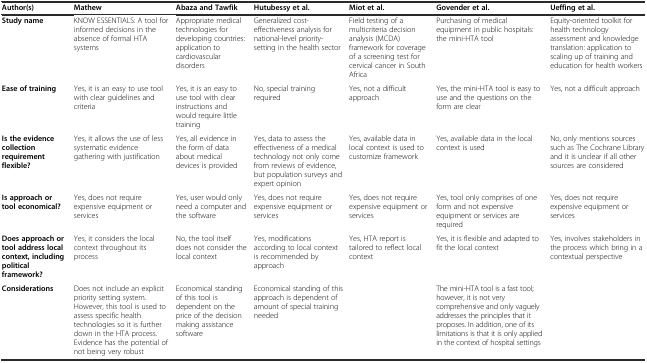
<table><thead><tr><td><b>Author(s)</b></td><td><b>Mathew</b></td><td><b>Abaza and Tawfik</b></td><td><b>Hutubessy et al.</b></td><td><b>Miot et al.</b></td><td><b>Govender et al.</b></td><td><b>Ueffing et al.</b></td></tr></thead><tbody><tr><td><b>Study name</b></td><td>KNOW ESSENTIALS: A tool for informed decisions in the absence of formal HTA systems</td><td>Appropriate medical technologies for developing countries: application to cardiovascular disorders</td><td>Generalized cost-effectiveness analysis for national-level priority-setting in the health sector</td><td>Field testing of a multicriteria decision analysis (MCDA) framework for coverage of a screening test for cervical cancer in South Africa</td><td>Purchasing of medical equipment in public hospitals: the mini-HTA tool</td><td>Equity-oriented toolkit for health technology assessment and knowledge translation: application to scaling up of training and education for health workers</td></tr><tr><td><b>Ease of training</b></td><td>Yes, it is an easy to use tool with clear guidelines and criteria</td><td>Yes, it is an easy to use tool with clear instructions and would require little training</td><td>No, special training required</td><td>Yes, not a difficult approach</td><td>Yes, the mini-HTA tool is easy to use and the questions on the form are clear</td><td>Yes, not a difficult approach</td></tr><tr><td><b>Is the evidence collection requirement flexible?</b></td><td>Yes, it allows the use of less systematic evidence gathering with justification</td><td>Yes, all evidence in the form of data about medical devices is provided</td><td>Yes, data to assess the effectiveness of a medical technology not only come from reviews of evidence, but population surveys and expert opinion</td><td>Yes, available data in local context is used to customize framework</td><td>Yes, available data in the local context is used</td><td>No, only mentions sources such as The Cochrane Library and it is unclear if all other sources are considered</td></tr><tr><td><b>Is approach or tool economical?</b></td><td>Yes, does not require expensive equipment or services</td><td>Yes, user would only need a computer and the software</td><td>Yes, does not require expensive equipment or services</td><td>Yes, does not require expensive equipment or services</td><td>Yes, tool only comprises of one form and not expensive equipment or services are required</td><td>Yes, does not require expensive equipment or services</td></tr><tr><td><b>Does approach or tool address local context, including political framework?</b></td><td>Yes, it considers the local context throughout its process</td><td>No, the tool itself does not consider the local context</td><td>Yes, modifications according to local context is recommended by approach</td><td>Yes, HTA report is tailored to reflect local context</td><td>Yes, it is flexible and adapted to fit the local context</td><td>Yes, involves stakeholders in the process which bring in a contextual perspective</td></tr><tr><td><b>Considerations</b></td><td>Does not include an explicit priority setting system. However, this tool is used to assess specific health technologies so it is further down in the HTA process. Evidence has the potential of not being very robust</td><td>Economical standing of this tool is dependent on the price of the decision making assistance software</td><td>Economical standing of this approach is dependent of amount of special training needed</td><td></td><td>The mini-HTA tool is a fast tool; however, it is not very comprehensive and only vaguely addresses the principles that it proposes. In addition, one of its limitations is that it is only applied in the context of hospital settings</td><td></td></tr></tbody></table>